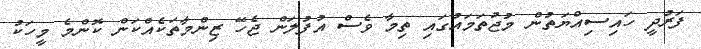
ފަރުދީ ހައިސިއްޔަތުން މުޖުތަމައުގައި ތިމާ ވެސް އުފުލަން ޖެހޭ ޒިންމާތަކެއްކަން ކޮންމެ މީހަކު